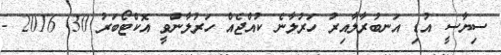
ސިޔާސީ އުޑި އަނބުރާލާއިރު ހަރުލާނެ ކުއްޖެެއް ހަރުލާންވީ އޮކްޓޯބަރު 30